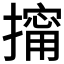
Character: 𱠶